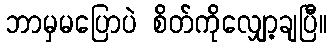
ဘာမှမပြောပဲ စိတ်ကိုလျှော့ချပြီ။